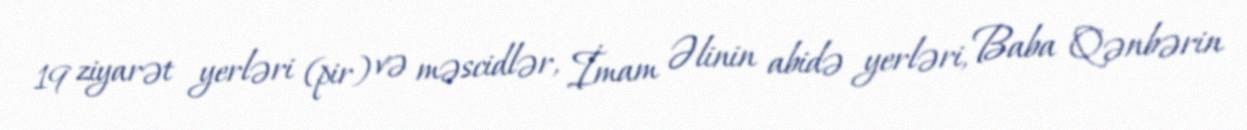
19 ziyarət yerləri (pir) və məscidlər, İmam Əlinin abidə yerləri, Baba Qənbərin